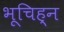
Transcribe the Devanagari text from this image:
भूचिह्न